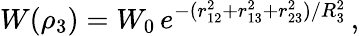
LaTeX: W(\rho_{3})=W_{0}\, e^{-(r_{12}^{2}+r_{13}^{2}+r_{23}^{2})/R_{3}^{2}}\, ,